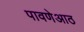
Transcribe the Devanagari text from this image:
पावणेआठ